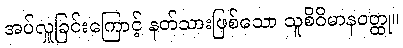
အပ်လှူခြင်းကြောင့် နတ်သားဖြစ်သော သူစိဝိမာနဝတ္ထု။